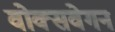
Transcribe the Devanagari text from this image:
वोक्सवेगन